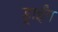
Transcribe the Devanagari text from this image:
ड्राईंग